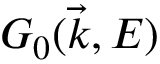
G _ { 0 } ( \vec { k } , E )